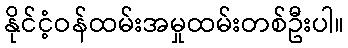
နိုင်ငံ့ဝန်ထမ်းအမှုထမ်းတစ်ဦးပါ။